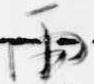
雨